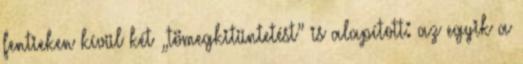
fentieken kívül két „tömegkitüntetést” is alapított: az egyik a